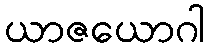
ယာဇယောဂါ